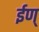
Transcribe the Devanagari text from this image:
ईण्